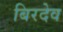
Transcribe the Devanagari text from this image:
बिरदेव